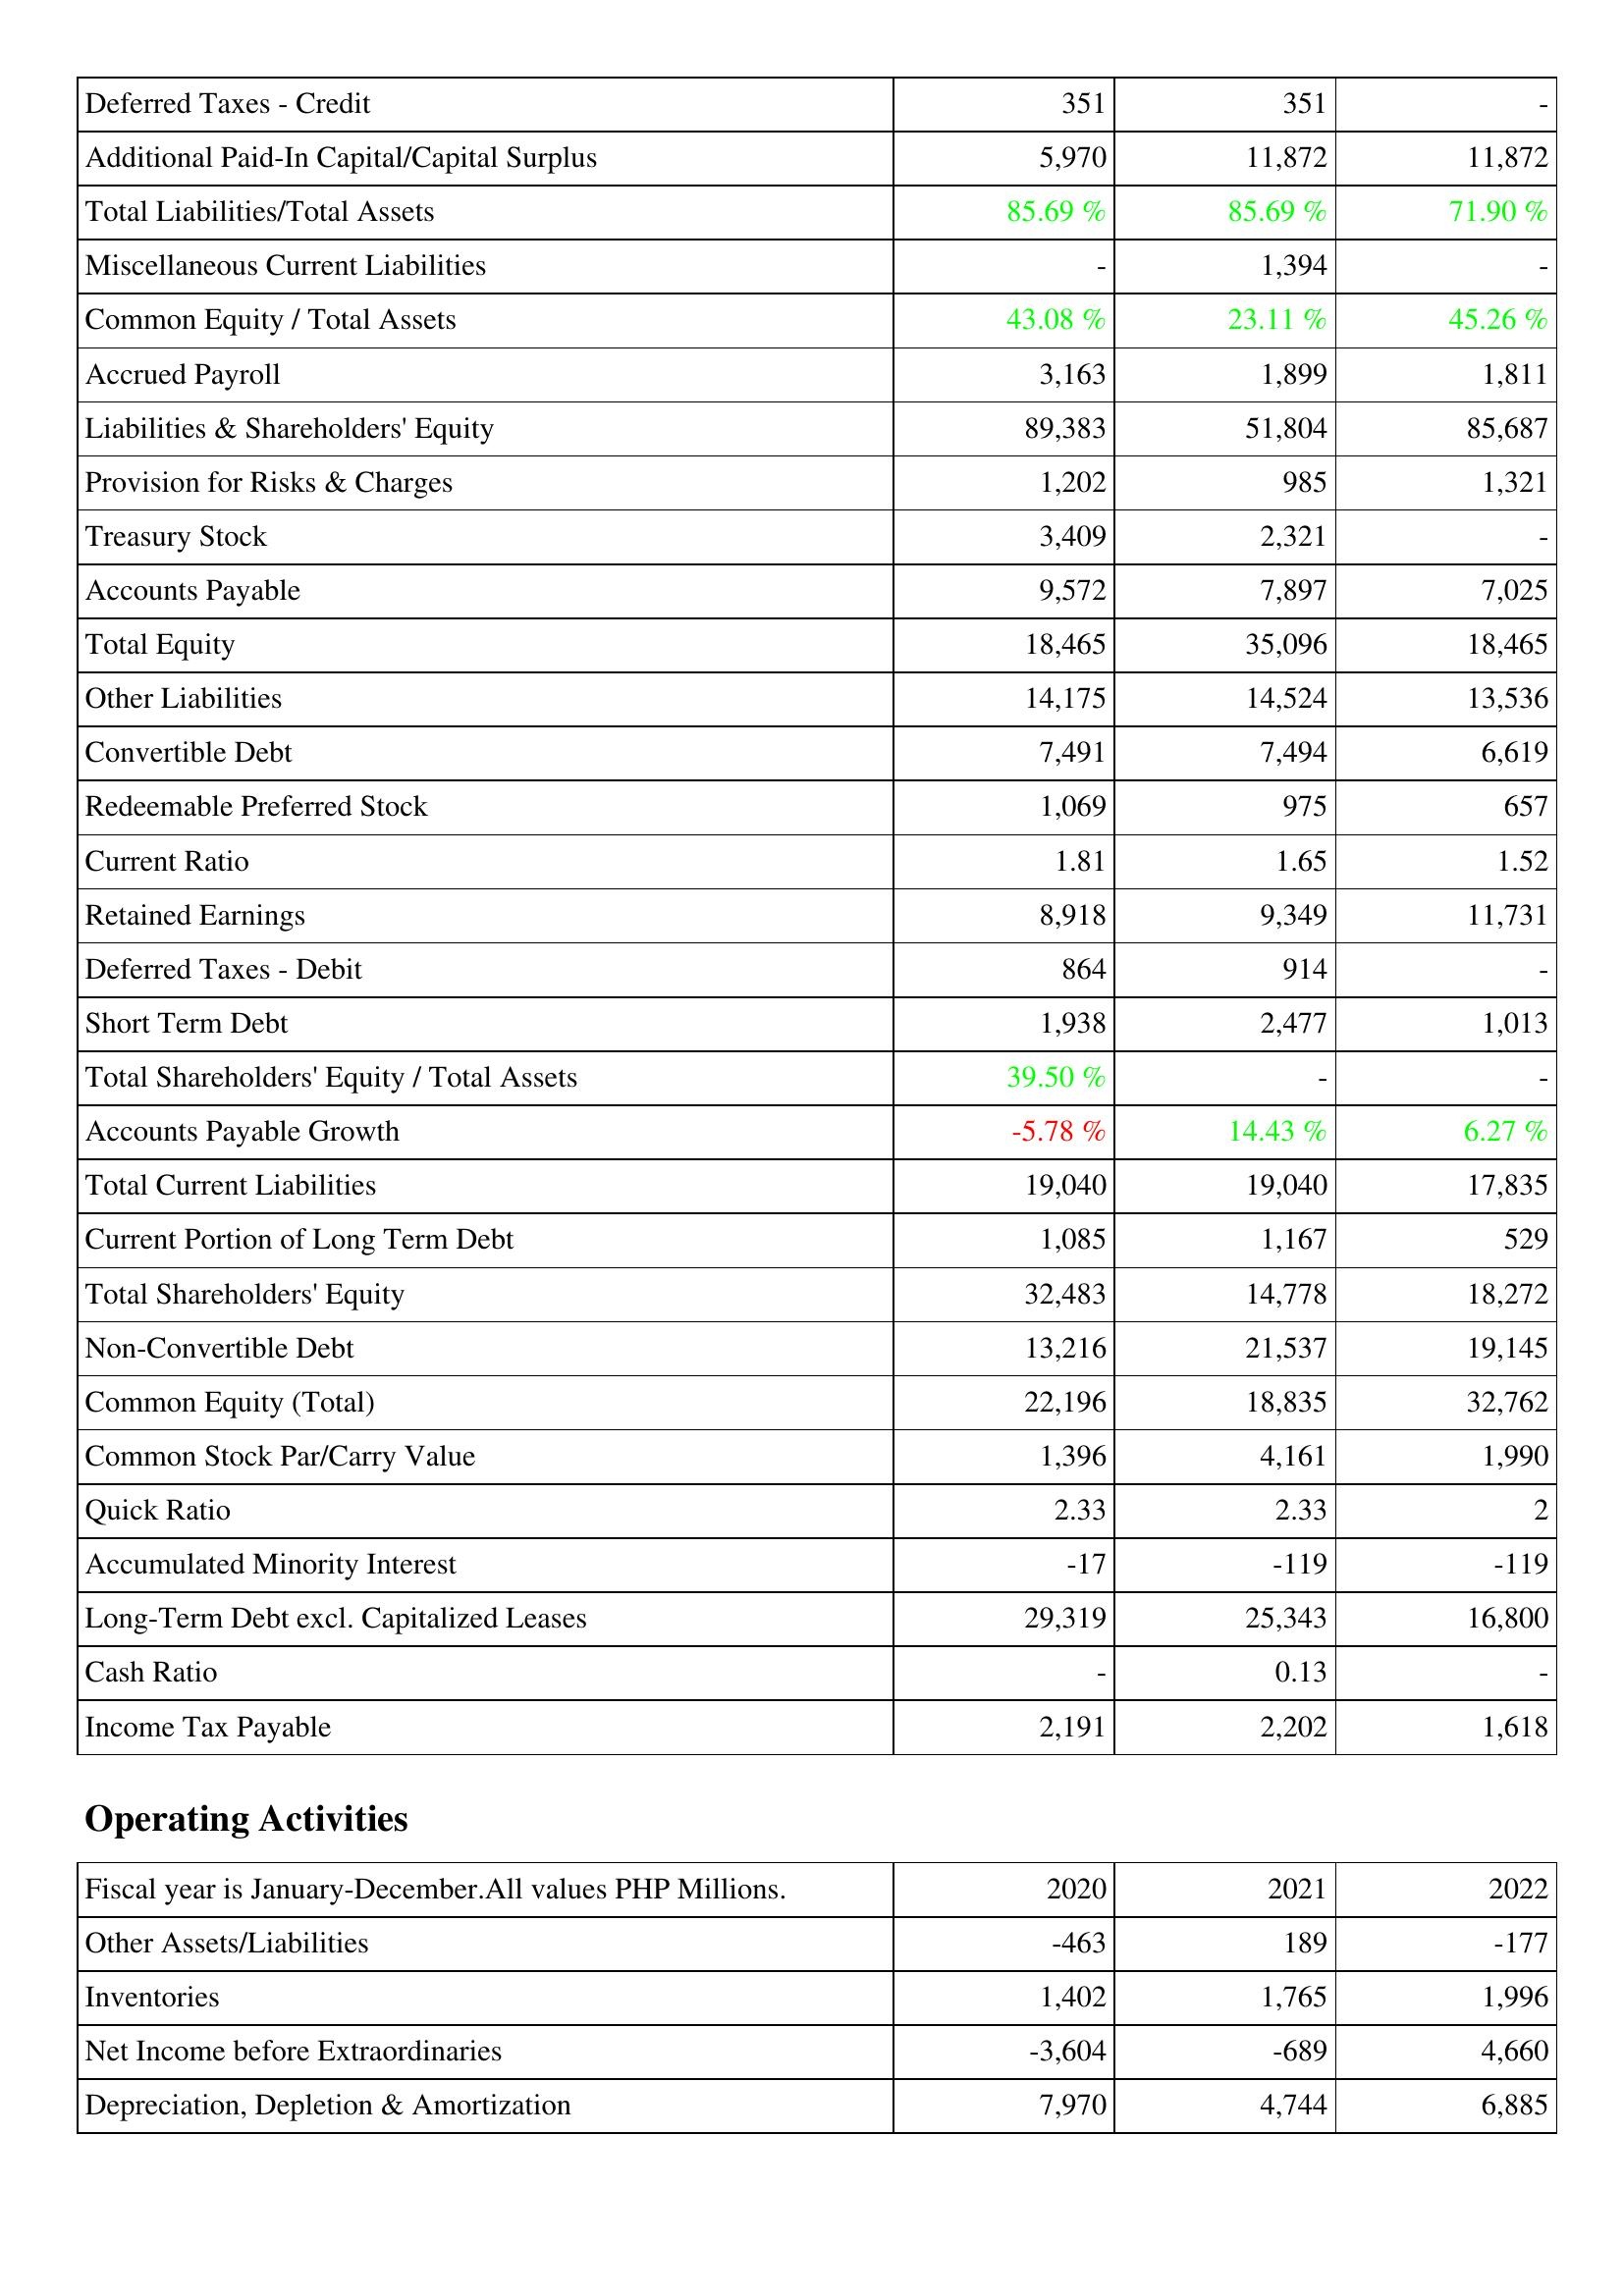
2020: Liabilities & Shareholders' Equity: Deferred Taxes - Credit: 351
Additional Paid-In Capital/Capital Surplus: 5,970
Total Liabilities/Total Assets: 85.69 %
Miscellaneous Current Liabilities: -
Common Equity / Total Assets: 43.08 %
Accrued Payroll: 3,163
Liabilities & Shareholders' Equity: 89,383
Provision for Risks & Charges: 1,202
Treasury Stock: 3,409
Accounts Payable: 9,572
Total Equity: 18,465
Other Liabilities: 14,175
Convertible Debt: 7,491
Redeemable Preferred Stock: 1,069
Current Ratio: 1.81
Retained Earnings: 8,918
Deferred Taxes - Debit: 864
Short Term Debt: 1,938
Total Shareholders' Equity / Total Assets: 39.50 %
Accounts Payable Growth: -5.78 %
Total Current Liabilities: 19,040
Current Portion of Long Term Debt: 1,085
Total Shareholders' Equity: 32,483
Non-Convertible Debt: 13,216
Common Equity (Total): 22,196
Common Stock Par/Carry Value: 1,396
Quick Ratio: 2.33
Accumulated Minority Interest: -17
Long-Term Debt excl. Capitalized Leases: 29,319
Cash Ratio: -
Income Tax Payable: 2,191
Operating Activities: Other Assets/Liabilities: -463
Inventories: 1,402
Net Income before Extraordinaries: -3,604
Depreciation, Depletion & Amortization: 7,970
2021: Liabilities & Shareholders' Equity: Deferred Taxes - Credit: 351
Additional Paid-In Capital/Capital Surplus: 11,872
Total Liabilities/Total Assets: 85.69 %
Miscellaneous Current Liabilities: 1,394
Common Equity / Total Assets: 23.11 %
Accrued Payroll: 1,899
Liabilities & Shareholders' Equity: 51,804
Provision for Risks & Charges: 985
Treasury Stock: 2,321
Accounts Payable: 7,897
Total Equity: 35,096
Other Liabilities: 14,524
Convertible Debt: 7,494
Redeemable Preferred Stock: 975
Current Ratio: 1.65
Retained Earnings: 9,349
Deferred Taxes - Debit: 914
Short Term Debt: 2,477
Total Shareholders' Equity / Total Assets: -
Accounts Payable Growth: 14.43 %
Total Current Liabilities: 19,040
Current Portion of Long Term Debt: 1,167
Total Shareholders' Equity: 14,778
Non-Convertible Debt: 21,537
Common Equity (Total): 18,835
Common Stock Par/Carry Value: 4,161
Quick Ratio: 2.33
Accumulated Minority Interest: -119
Long-Term Debt excl. Capitalized Leases: 25,343
Cash Ratio: 0.13
Income Tax Payable: 2,202
Operating Activities: Other Assets/Liabilities: 189
Inventories: 1,765
Net Income before Extraordinaries: -689
Depreciation, Depletion & Amortization: 4,744
2022: Liabilities & Shareholders' Equity: Deferred Taxes - Credit: -
Additional Paid-In Capital/Capital Surplus: 11,872
Total Liabilities/Total Assets: 71.90 %
Miscellaneous Current Liabilities: -
Common Equity / Total Assets: 45.26 %
Accrued Payroll: 1,811
Liabilities & Shareholders' Equity: 85,687
Provision for Risks & Charges: 1,321
Treasury Stock: -
Accounts Payable: 7,025
Total Equity: 18,465
Other Liabilities: 13,536
Convertible Debt: 6,619
Redeemable Preferred Stock: 657
Current Ratio: 1.52
Retained Earnings: 11,731
Deferred Taxes - Debit: -
Short Term Debt: 1,013
Total Shareholders' Equity / Total Assets: -
Accounts Payable Growth: 6.27 %
Total Current Liabilities: 17,835
Current Portion of Long Term Debt: 529
Total Shareholders' Equity: 18,272
Non-Convertible Debt: 19,145
Common Equity (Total): 32,762
Common Stock Par/Carry Value: 1,990
Quick Ratio: 2
Accumulated Minority Interest: -119
Long-Term Debt excl. Capitalized Leases: 16,800
Cash Ratio: -
Income Tax Payable: 1,618
Operating Activities: Other Assets/Liabilities: -177
Inventories: 1,996
Net Income before Extraordinaries: 4,660
Depreciation, Depletion & Amortization: 6,885